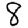
Digit: 8